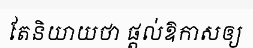
តែនិយាយថា ផ្តល់ឱកាសឲ្យ